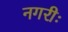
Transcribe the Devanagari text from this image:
नगरीः